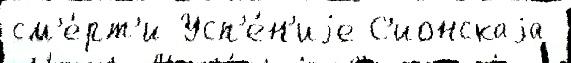
см'е́рт'и Усп'е́н'иjе С'ионскаjа